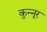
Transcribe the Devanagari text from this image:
कुन्नूर